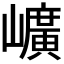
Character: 𡾇